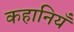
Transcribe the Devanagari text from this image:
कहानियँ